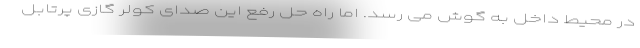
در محیط داخل به گوش می رسد. اما راه حل رفع این صدای کولر گازی پرتابل